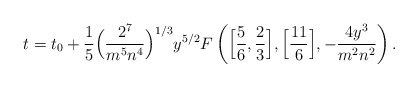
\begin{align*}t = t_0 + {1 \over 5} \Big( {2^7 \over m^5 n^4} \Big)^{1/3} y^{5/2}F\left( \Big[ {5 \over 6} , {2 \over 3} \Big] , \Big[ {11 \over 6} \Big],- {4 y^3 \over m^2 n^2}\right).\end{align*}